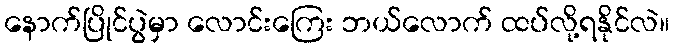
နောက်ပြိုင်ပွဲမှာ လောင်းကြေး ဘယ်လောက် ထပ်လို့ရနိုင်လဲ။